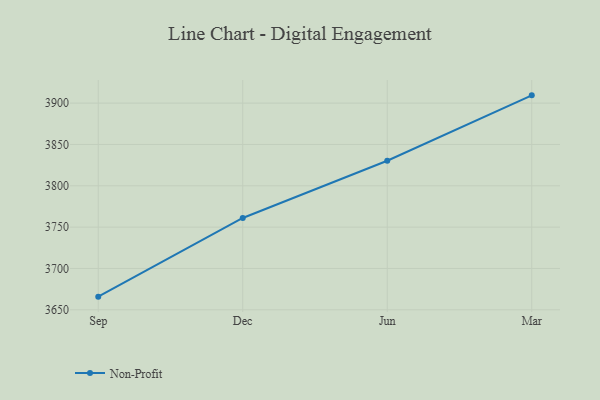
{"axis": {"x": "Month", "y": "Inventory Turnover"}, "legend": ["Non-Profit"], "data": [{"x": "Sep", "y": 3665.9, "type": "Non-Profit"}, {"x": "Dec", "y": 3761.1, "type": "Non-Profit"}, {"x": "Jun", "y": 3830.3, "type": "Non-Profit"}, {"x": "Mar", "y": 3909.4, "type": "Non-Profit"}]}